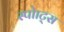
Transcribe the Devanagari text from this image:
स्पोाट्स